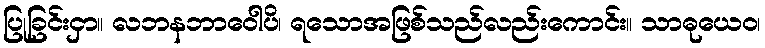
ပြုခြင်းငှာ။ လဘနဘာဝေါပိ၊ ရသောအဖြစ်သည်လည်းကောင်း။ သာဓုယေဝ၊